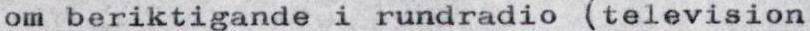
om beriktigande i rundradio (television